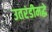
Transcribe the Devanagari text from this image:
उतरंडीमद्धे